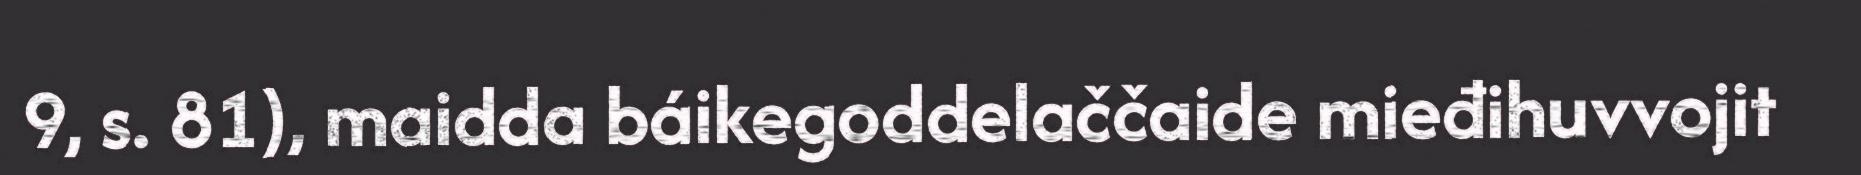
9, s. 81), maidda báikegoddelaččaide mieđihuvvojit